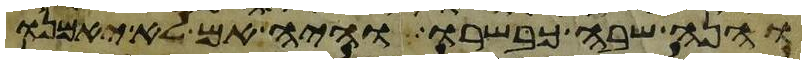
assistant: והנה שבה כבשרו והיה אם לא יאמנו